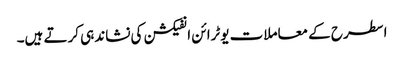
اسطرح کے معاملات یوٹرائن انفیکشن کی نشاندہی کرتے ہیں۔